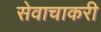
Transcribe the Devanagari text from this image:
सेवाचाकरी